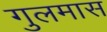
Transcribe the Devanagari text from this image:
गुलमास